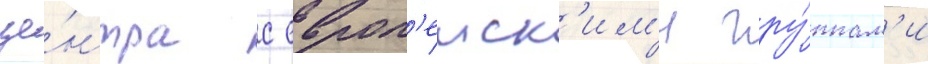
це́нтра с европ'еиск'им'и гру́ппам'и